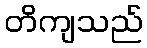
တိကျသည်